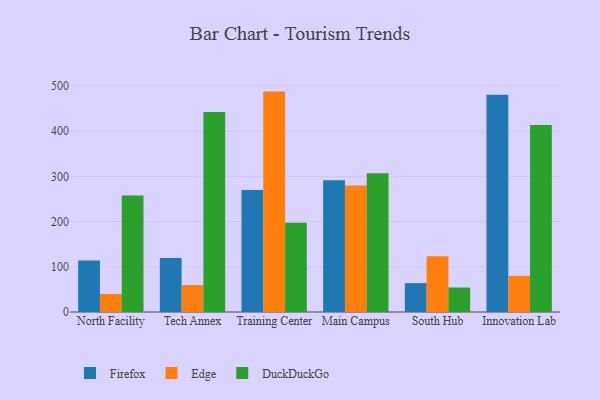
{"axis": {"x": "Campus", "y": "Tickets Resolved"}, "legend": ["DuckDuckGo", "Edge", "Firefox"], "data": [{"x": "North Facility", "y": 113.9, "type": "Firefox"}, {"x": "North Facility", "y": 39.8, "type": "Edge"}, {"x": "North Facility", "y": 257.6, "type": "DuckDuckGo"}, {"x": "Tech Annex", "y": 119.5, "type": "Firefox"}, {"x": "Tech Annex", "y": 59.5, "type": "Edge"}, {"x": "Tech Annex", "y": 442.2, "type": "DuckDuckGo"}, {"x": "Training Center", "y": 270.0, "type": "Firefox"}, {"x": "Training Center", "y": 487.5, "type": "Edge"}, {"x": "Training Center", "y": 197.5, "type": "DuckDuckGo"}, {"x": "Main Campus", "y": 291.2, "type": "Firefox"}, {"x": "Main Campus", "y": 279.9, "type": "Edge"}, {"x": "Main Campus", "y": 307.1, "type": "DuckDuckGo"}, {"x": "South Hub", "y": 63.8, "type": "Firefox"}, {"x": "South Hub", "y": 123.5, "type": "Edge"}, {"x": "South Hub", "y": 54.1, "type": "DuckDuckGo"}, {"x": "Innovation Lab", "y": 480.6, "type": "Firefox"}, {"x": "Innovation Lab", "y": 80.0, "type": "Edge"}, {"x": "Innovation Lab", "y": 413.6, "type": "DuckDuckGo"}]}